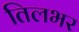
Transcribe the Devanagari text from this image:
तिलभर